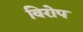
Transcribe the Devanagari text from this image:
विरोप